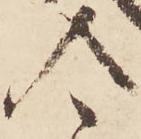
令